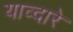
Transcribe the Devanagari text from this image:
याव्दारे